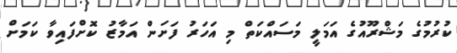
ކުރުމުގެ މަޝްރޫއުގެ އަމަލީ މަސައްކަތް މި އަހަރު ފަށަން އަމާޒު ކޮށްފައިވާ ކަމަށް